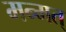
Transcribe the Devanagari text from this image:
मन्मत्